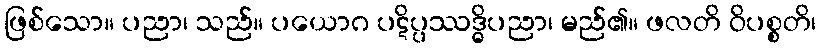
ဖြစ်သော။ ပညာ၊ သည်။ ပယောဂ ပဋိပ္ပဿဒ္ဓိပညာ၊ မည်၏။ ဖလတိ ဝိပစ္စတိ၊